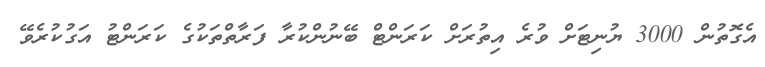
އެގޮތުުން 3000 ޔުނިޓަށް ވުރެ އިތުރަށް ކަރަންޓް ބޭނުންކުރާ ފަރާތްތަކުގެ ކަރަންޓު އަގުކުރެވޭ